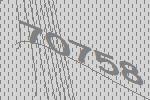
70758